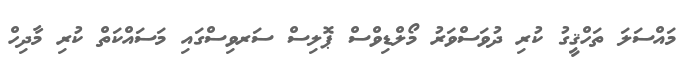
މައްސަލަ ތަހްޤީގު ކުރި ދުވަސްވަރު މޯލްޑިވްސް ޕޮލިސް ސަރވިސްގައި މަސައްކަތް ކުރި މާދިހް